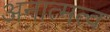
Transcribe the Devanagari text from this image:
अनात्मत्व